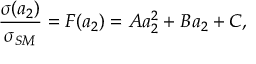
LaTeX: \frac { \sigma ( a _ { 2 } ) } { \sigma _ { S M } } = F ( a _ { 2 } ) = A a _ { 2 } ^ { 2 } + B a _ { 2 } + C ,